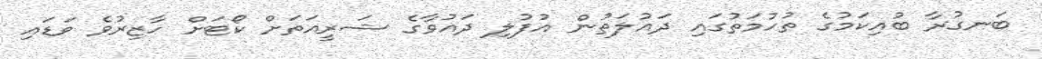
ބަނގުރާ ބުއިކަމުގެ ތުހުމަތުގައި ދައުލަތުން އުފުލި ދައުވާގެ ޝަރީއަތަށް ކޯޓަށް ހާޒިރުވެ ވަޑައި